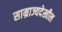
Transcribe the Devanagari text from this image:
साम्राज्यदेखील